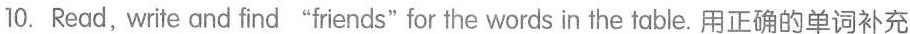
10. Read,write and find "friends" for the words in the table. 用正确的单词补充